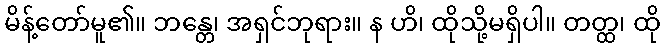
မိန့်တော်မူ၏။ ဘန္တေ၊ အရှင်ဘုရား။ န ဟိ၊ ထိုသို့မရှိပါ။ တတ္ထ၊ ထို